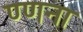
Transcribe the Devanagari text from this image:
ण्णना